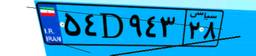
۵۴D۹۴۳۲۸